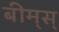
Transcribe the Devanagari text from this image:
बीम्‌स्